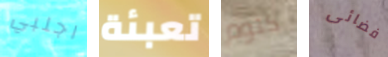
اجلبي تعبئة كتوم فضائى